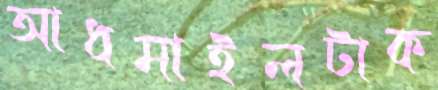
আধমাইলটাক